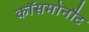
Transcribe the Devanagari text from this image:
कॉसमोनौट